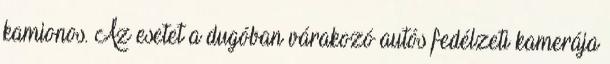
kamionos. Az esetet a dugóban várakozó autós fedélzeti kamerája